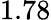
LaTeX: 1.78